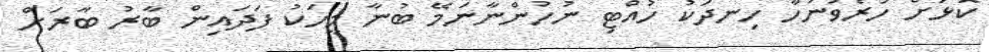
ކޮޅަށް ހުރެވުނުހާ ހިނދަކު ހުއްޓި ނުހުންނާނަމޭ ބުނާ މީހަކު ފަދައިން ބާރު ބާރަށް